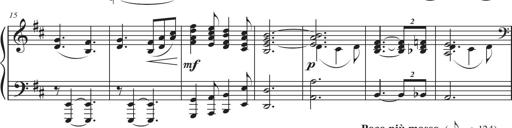
Title: Sonatina in D major
Composer: Shota Saitoh
Key: D major